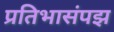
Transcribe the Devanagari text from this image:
प्रतिभासंपझ